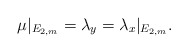
\begin{align*}\mu|_{E_{2,m}}= \lambda_y =\lambda_x|_{E_{2,m}}.\end{align*}